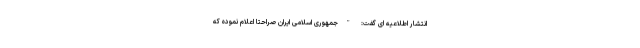
انتشار اطلاعیه ای گفت: "جمهوری اسلامی ایران صراحتا اعلام نموده که